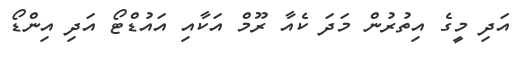
އަދި މީގެ އިތުރުން މަދަ ކެއާ ރޫމް އަކާއި އައުޑްޓޯ އަދި އިންޑޯ